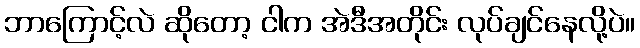
ဘာကြောင့်လဲ ဆိုတော့ ငါက အဲဒီအတိုင်း လုပ်ချင်နေလို့ပဲ။